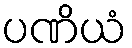
ပဏိယံ